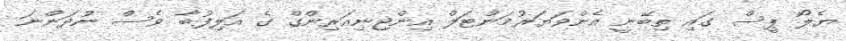
ޔެލޯ ޕީސް ގައި ތިބޭނީ އެންވަޔަރުމަންޓަލް އިންޖިނިއަރިންގް ގެ އަލިފުބާ ވެސް ނުދަންނަ